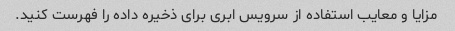
مزایا و معایب استفاده از سرویس ابری برای ذخیره داده را فهرست کنید.